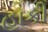
હાકી